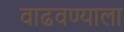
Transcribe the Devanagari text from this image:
वाढवण्याला